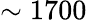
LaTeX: \sim 1700